Indian journal of veterinary science and animal husbandry - Volumes 28-29, 1958-1959
Year: 1958
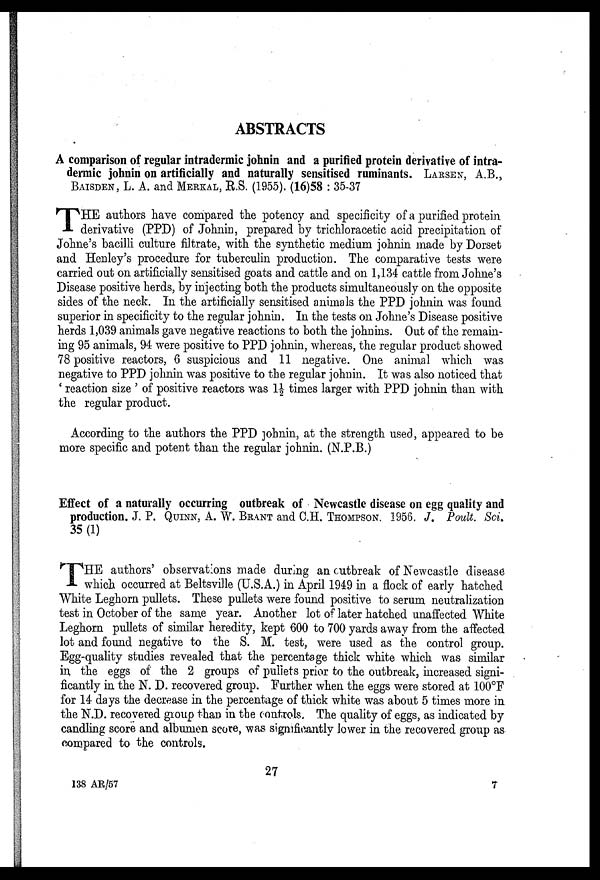
ABSTRACTS
A comparison of regular intradermic johnin and a purified protein derivative of intra-
dermic johnin on artificially and naturally sensitised ruminants. LARSEN, A.B.,
BAISDEN, L. A. and MERKAL, R.S. (1955). (16)58 : 35-37
T HE authors have compared the potency and specificity of a purified protein
derivative (PPD) of Johnin, prepared by trichloracetic acid precipitation of
Johne's bacilli culture filtrate, with the synthetic medium johnin made by Dorset
and Henley's procedure for tuberculin production. The comparative tests were
carried out on artificially sensitised goats and cattle and on 1,134 cattle from Johne's
Disease positive herds, by injecting both the products simultaneously on the opposite
sides of the neck. In the artificially sensitised animals the PPD johnin was found
superior in specificity to the regular johnin. In the tests on Johne's Disease positive
herds 1,039 animals gave negative reactions to both the johnins. Out of the remain-
ing 95 animals, 94 were positive to PPD johnin, whereas, the regular product showed
78 positive reactors, 6 suspicious and 11 negative. One animal which was
negative to PPD johnin was positive to the regular johnin. It was also noticed that
' reaction size ' of positive reactors was 1½ times larger with PPD johnin than with
the regular product.
According to the authors the PPD johnin, at the strength used, appeared to be
more specific and potent than the regular johnin. (N.P.B.)
Effect of a naturally occurring outbreak of Newcastle disease on egg quality and
production. J. P. QUINN, A. W. BRANT and C.H. THOMPSON. 1956. J. Poult. Sci.
35 (1)
T HE authors observations made during an outbreak of Newcastle disease
which occurred at Beltsville (U.S.A.) in April 1949 in a flock of early hatched
White Leghorn pullets. These pullets were found positive to serum neutralization
test in October of the same year. Another lot of later hatched unaffected White
Leghorn pullets of similar heredity, kept 600 to 700 yards away from the affected
lot and found negative to the S. M. test, were used as the control group.
Egg-quality studies revealed that the percentage thick white which was similar
in the eggs of the 2 groups of pullets prior to the outbreak, increased signi-
ficantly in the N. D. recovered group. Further when the eggs were stored at 100°F
for 14 days the decrease in the percentage of thick white was about 5 times more in
the N.D. recovered group than in the controls. The quality of eggs, as indicated by
candling score and albumen score, was significantly lower in the recovered group as
compared to the controls.
27
138 AR/57
7